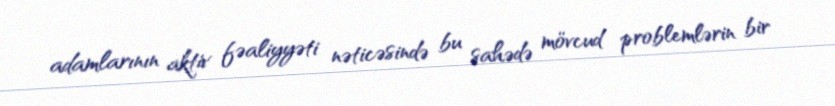
adamlarının aktiv fəaliyyəti nəticəsində bu sahədə mövcud problemlərin bir